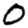
Digit: 0